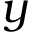
y